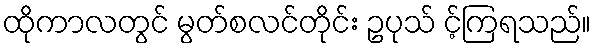
ထိုကာလတွင် မွတ်စလင်တိုင်း ဥပုသ် င့်ကြရသည်။